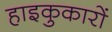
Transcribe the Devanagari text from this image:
हाइकुकारों